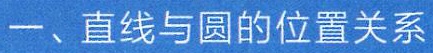
一、直线与圆的位置关系